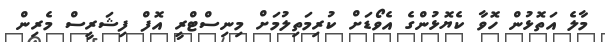
މާލެ އަތޮޅުން ހޮވާ ކެޔޮޅުންގެ އެވޯޑަށް ކުރިމަތިލުމަށް މިނިސްޓްރީ އޮފް ފިޝަރީސް މެރިން